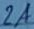
Text: 2A